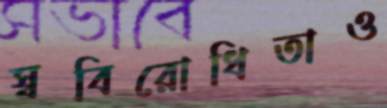
স্ববিরোধিতাও